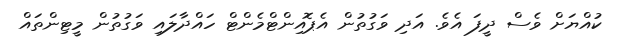
ކުއްޔަށް ވެސް ދީފަ އެވެ. އަދި ވަގުތުން އެޕޮއިންޓްމެންޓް ހައްދާލައި ވަގުތުން މީޓިންތައް